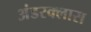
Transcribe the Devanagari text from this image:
अंडरक्लास